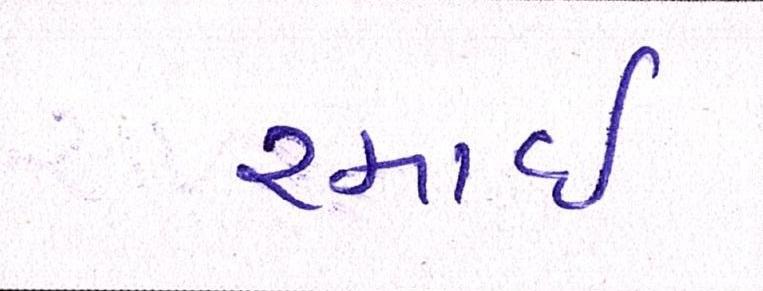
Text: રમાઈ